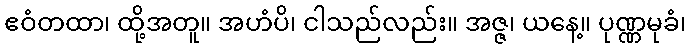
ဧဝံတထာ၊ ထို့အတူ။ အဟံပိ၊ ငါသည်လည်း။ အဇ္ဇ၊ ယနေ့။ ပုဏ္ဏမုခံ၊